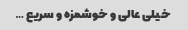
خیلی عالی و خوشمزه و سریع …